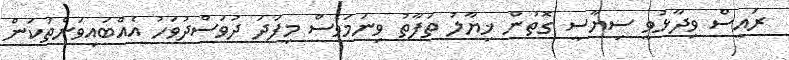
ރައީސް ވިދާޅުވީ ސިޔާސީ ގޮތުން ޚިޔާލު ތަފާތު ވިނަމަވެސް މިފަދަ ދުވަސްދުވަހު އެއްބައިވަންތަކަން